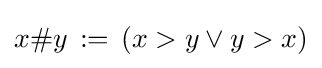
x\#y\,:=\,(x>y\lor y>x)